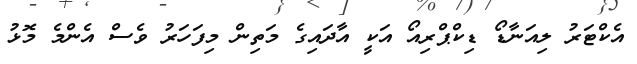
އެކްޓަރު ލިއަނާޑޯ ޑިކްޕްރިއޯ އަކީ އާދައިގެ މަތިން މިފަހަރު ވެސް އެންމެ މޮޅު